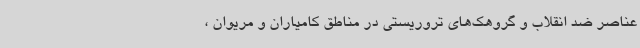
عناصر ضد انقلاب و گروهک‌های تروریستی در مناطق کامیاران و مریوان ،